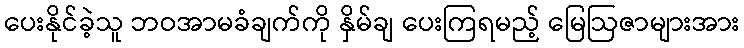
ပေးနိုင်ခဲ့သူ ဘဝအာမခံချက်ကို နှိမ်ချ ပေးကြရမည့် မြေဩဇာများအား